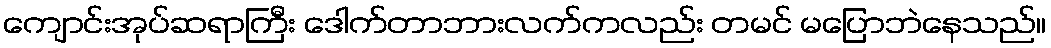
ကျောင်းအုပ်ဆရာကြီး ဒေါက်တာဘားလက်ကလည်း တမင် မပြောဘဲနေသည်။